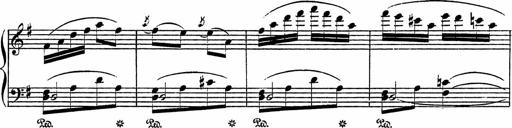
Title: Piano Sonatinas
Composer: Charles Fradel